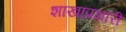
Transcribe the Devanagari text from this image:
शाखाप्रभारी